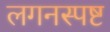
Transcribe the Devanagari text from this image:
लगनस्पष्ट